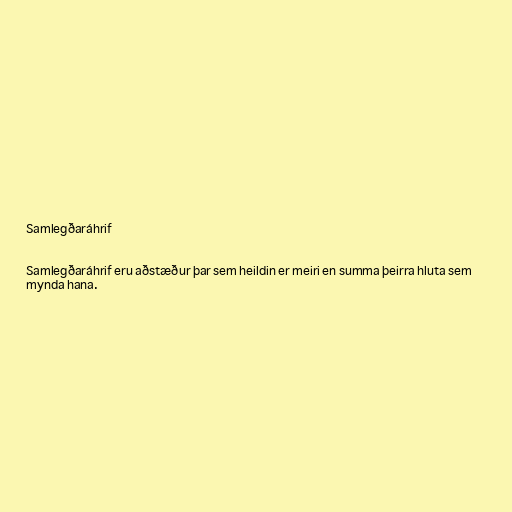
Samlegðaráhrif

Samlegðaráhrif eru aðstæður þar sem heildin er meiri en summa þeirra hluta sem
mynda hana.